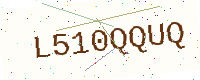
Text: L510QQUQ